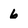
Character: 6